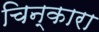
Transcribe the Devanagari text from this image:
चिन्कारा